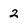
Character: 2